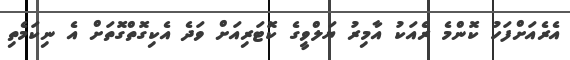
އެރެއަށްފަހު ކޮންމެ ރެއަކު އާމިރު ޔަލްވީގެ ކޮޓަރިއަށް ވަދެ އެކިގޮތްގޮތަށް އެ ނިކަމެތި